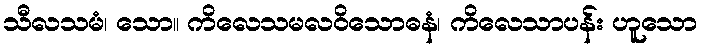
သီလသမံ၊ သော။ ကိလေသမလဝိသောဓနံ၊ ကိလေသာပန်း ဟူသော